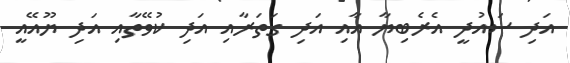
އަދި ސައުދީ އެރެބިޔާ އާއި އަދި ގަތަރާއި އަދި ކުވޭތާއި އަދި ޔޫއޭއީ